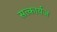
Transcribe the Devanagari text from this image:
सत्कार्यज